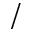
/